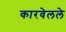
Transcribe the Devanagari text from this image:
कारवेलले